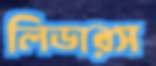
লিডারস